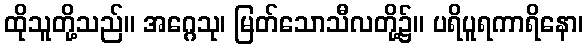
ထိုသူတို့သည်။ အဂ္ဂေသု၊ မြတ်သောသီလတို့၌။ ပရိပူရကာရိနော၊